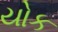
યોક